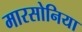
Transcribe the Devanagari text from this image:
मारसोनिया